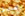
سير